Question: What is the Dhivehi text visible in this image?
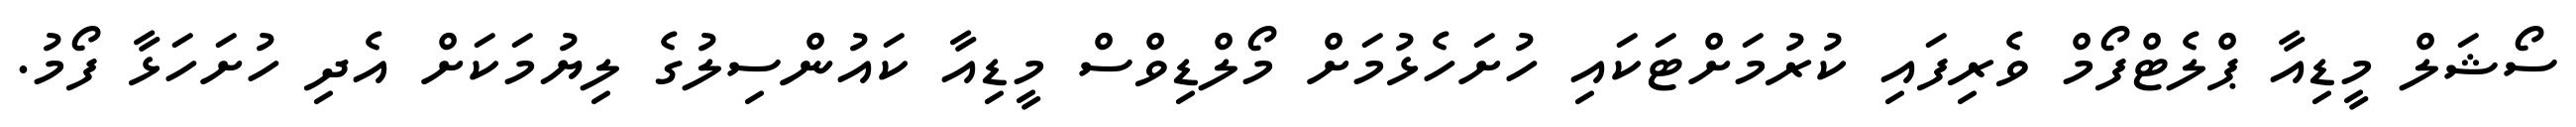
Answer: ސޯޝަލް މީޑިއާ ޕްލެޓްފޯމް ވެރިފައި ކުރުމަށްޓަކައި ހުށަހެޅުމަށް މޯލްޑިވްސް މީޑިއާ ކައުންސިލުގެ ލިޔުމަކަށް އެދި ހުށަހަޅާ ފޯމު.